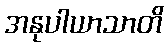
အနုပါယာသာတိ